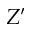
Z ^ { \prime }